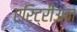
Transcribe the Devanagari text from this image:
एरिट्रीअन